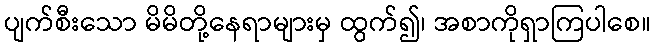
ပျက်စီးသော မိမိတို့နေရာများမှ ထွက်၍၊ အစာကိုရှာကြပါစေ။